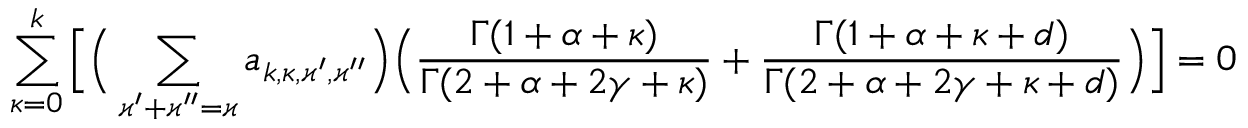
\sum _ { \kappa = 0 } ^ { k } \Big [ \Big ( \sum _ { \varkappa ^ { \prime } + \varkappa ^ { \prime \prime } = \varkappa } a _ { k , \kappa , \varkappa ^ { \prime } , \varkappa ^ { \prime \prime } } \Big ) \Big ( \frac { \Gamma ( 1 + \alpha + \kappa ) } { \Gamma ( 2 + \alpha + 2 \gamma + \kappa ) } + \frac { \Gamma ( 1 + \alpha + \kappa + d ) } { \Gamma ( 2 + \alpha + 2 \gamma + \kappa + d ) } \Big ) \Big ] = 0